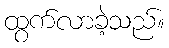
ထွက်လာခဲ့သည်။